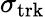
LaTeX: \sigma_{\mathrm{trk}}